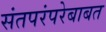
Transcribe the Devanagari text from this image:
संतपरंपरेबाबत